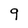
Character: q